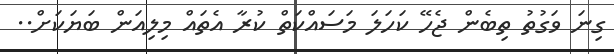
ގިނަ ވަގުތު ތިބެން ޖެހޭ ކަހަލަ މަސައްކަތް ކުރާ އެތައް މިލިއަން ބަޔަކަށް..